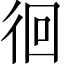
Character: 徊